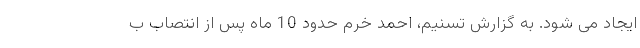
ایجاد می شود. به گزارش تسنیم، احمد خرم حدود 10 ماه پس از انتصاب ب